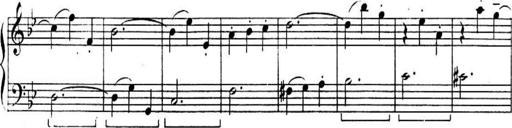
Title: Sonatines
Composer: Hedwige ChrÃ©tien